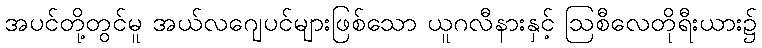
အပင်တို့တွင်မူ အယ်လဂျေပင်များဖြစ်သော ယူဂလီနားနှင့် ဩစီလေတိုရီးယား၌